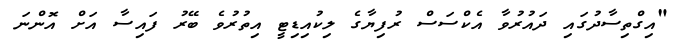
"އިގްތިސާދުގައި ދައުރުވާ އެކްސަސް ރުފިޔާގެ ލިކުއިޑިޓީ އިތުރުވެ ބޭރު ފައިސާ އަށް އޮންނަ